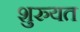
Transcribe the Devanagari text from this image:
शुरुयत